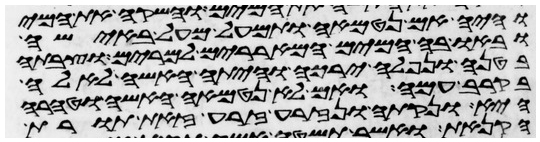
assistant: והיה אם נטמאה ותמעל מעל באישה
ובאו בה המים המאררים למרים וצבתה
בטנה ונפלה ירכה והיתה האשה לאלה
בקרב עמה ואם לא נטמאה האשה וטהרה
היא ונקתה ונזרעה זרע זאת תורת